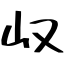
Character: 𫵴